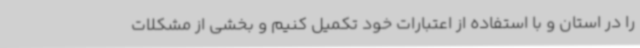
را در استان و با استفاده از اعتبارات خود تکمیل کنیم و بخشی از مشکلات